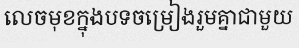
លេចមុខក្នុងបទចម្រៀងរួមគ្នាជាមួយ